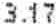
3.17